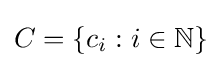
C=\{c_{i}:i\in \mathbb {N} \}